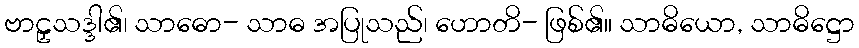
ဗာဠှသဒ္ဒါ၏၊ သာဓော- သာဓ အပြုသည်၊ ဟောတိ- ဖြစ်၏။ သာဓိယော, သာဓိဋ္ဌော